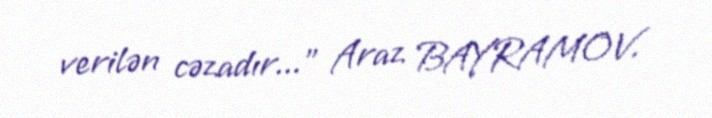
verilən cəzadır..." Araz BAYRAMOV.